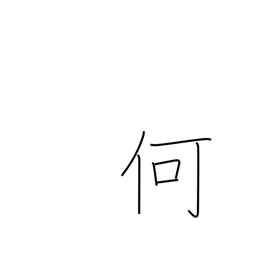
Meaning: what